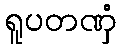
ရူပတဏှံ